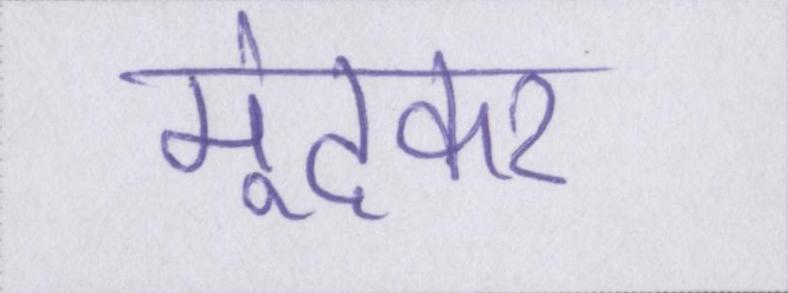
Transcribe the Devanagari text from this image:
मूंदकर